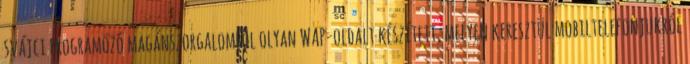
svájci programozó magánszorgalomból olyan WAP-oldalt készített, melyen keresztül mobiltelefonjukról